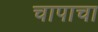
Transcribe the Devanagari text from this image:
चापाचा